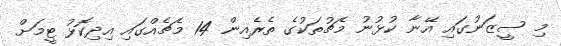
މި ސީޒަނުގައި އޭނާ ކުޅުނު މެޗުތަކުގެ ތެރެއިން 14 މެޗެއްގައި އިދިކޮޅު ޓީމަށް